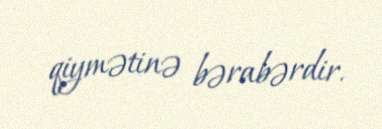
qiymətinə bərabərdir.